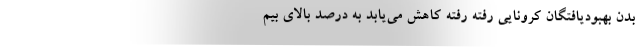
بدن بهبودیافتگان کرونایی رفته رفته کاهش می‌یابد به درصد بالای بیم